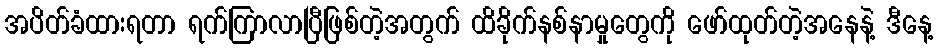
အပိတ်ခံထားရတာ ရက်ကြာလာပြီဖြစ်တဲ့အတွက် ထိခိုက်နစ်နာမှုတွေကို ဖော်ထုတ်တဲ့အနေနဲ့ ဒီနေ့